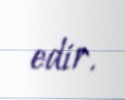
edir.